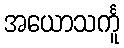
အယောသင်္ကူ